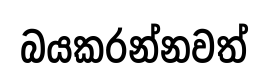
බයකරන්නවත්